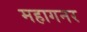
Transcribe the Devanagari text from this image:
महागनर